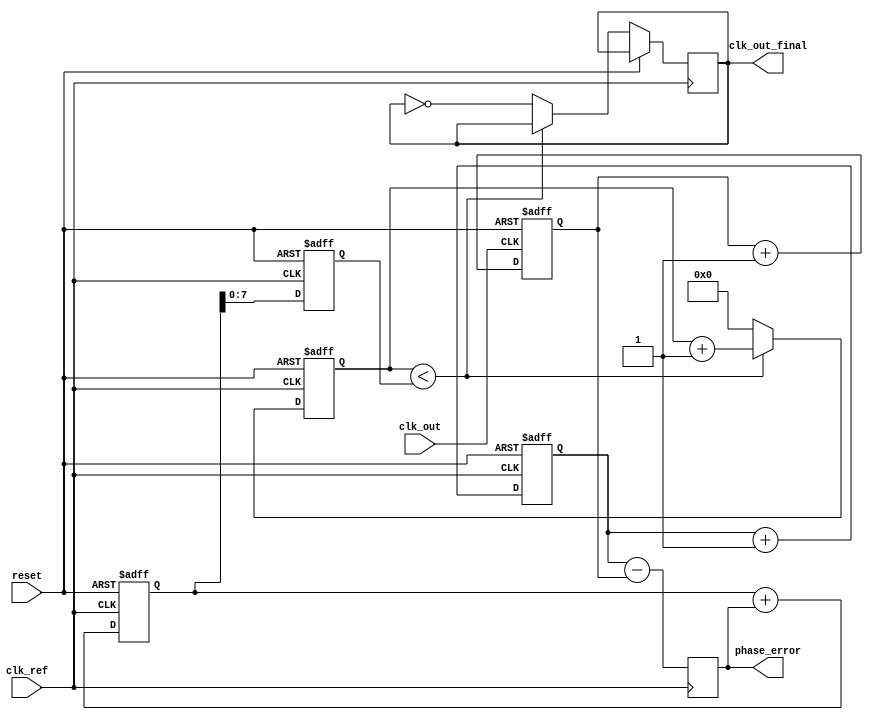
module ADPLL (
    input wire clk_ref,         // Reference clock input
    input wire clk_out,         // Output clock from DCO
    input wire reset,           // Reset signal
    output reg clk_out_final,   // Final output clock
    output reg [N-1:0] phase_error // Phase error signal
);

parameter N = 16;              // Width of phase error and control signal
parameter DCO_MAX_FREQ = 8;   // Maximum DCO frequency

// Phase Detector
reg [N-1:0] phase_ref;         // Reference phase
reg [N-1:0] phase_dco;         // DCO phase

always @(posedge clk_ref or posedge reset) begin
    if (reset) begin
        phase_ref <= 0;
    end else begin
        phase_ref <= phase_ref + 1; // Increment reference phase
    end
end

always @(posedge clk_out or posedge reset) begin
    if (reset) begin
        phase_dco <= 0;
    end else begin
        phase_dco <= phase_dco + 1; // Increment DCO phase
    end
end

// Phase Error Calculation
always @(posedge clk_ref) begin
    phase_error <= phase_ref - phase_dco; // Simple phase difference
end

// Loop Filter (simple integrator example)
reg [N-1:0] control_signal;     // Control signal from loop filter

always @(posedge clk_ref or posedge reset) begin
    if (reset) begin
        control_signal <= 0;
    end else begin
        control_signal <= control_signal + phase_error; // Integrate phase error
    end
end

// Frequency Synthesizer (DCO)
reg [DCO_MAX_FREQ-1:0] dco_counter; // DCO counter
reg [DCO_MAX_FREQ-1:0] dco_freq;     // DCO frequency

always @(posedge clk_ref or posedge reset) begin
    if (reset) begin
        dco_counter <= 0;
        dco_freq <= 0;
    end else begin
        dco_freq <= control_signal[N-1:0]; // Use control signal to set DCO frequency
        if (dco_counter < dco_freq) begin
            dco_counter <= dco_counter + 1;
        end else begin
            dco_counter <= 0;
            clk_out_final <= ~clk_out_final; // Toggle output clock
        end
    end
end

endmodule